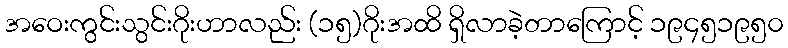
အဝေးကွင်းသွင်းဂိုးဟာလည်း (၁၅)ဂိုးအထိ ရှိလာခဲ့တာကြောင့် ၁၉၄၅၁၉၅၀